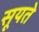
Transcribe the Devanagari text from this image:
सूयते